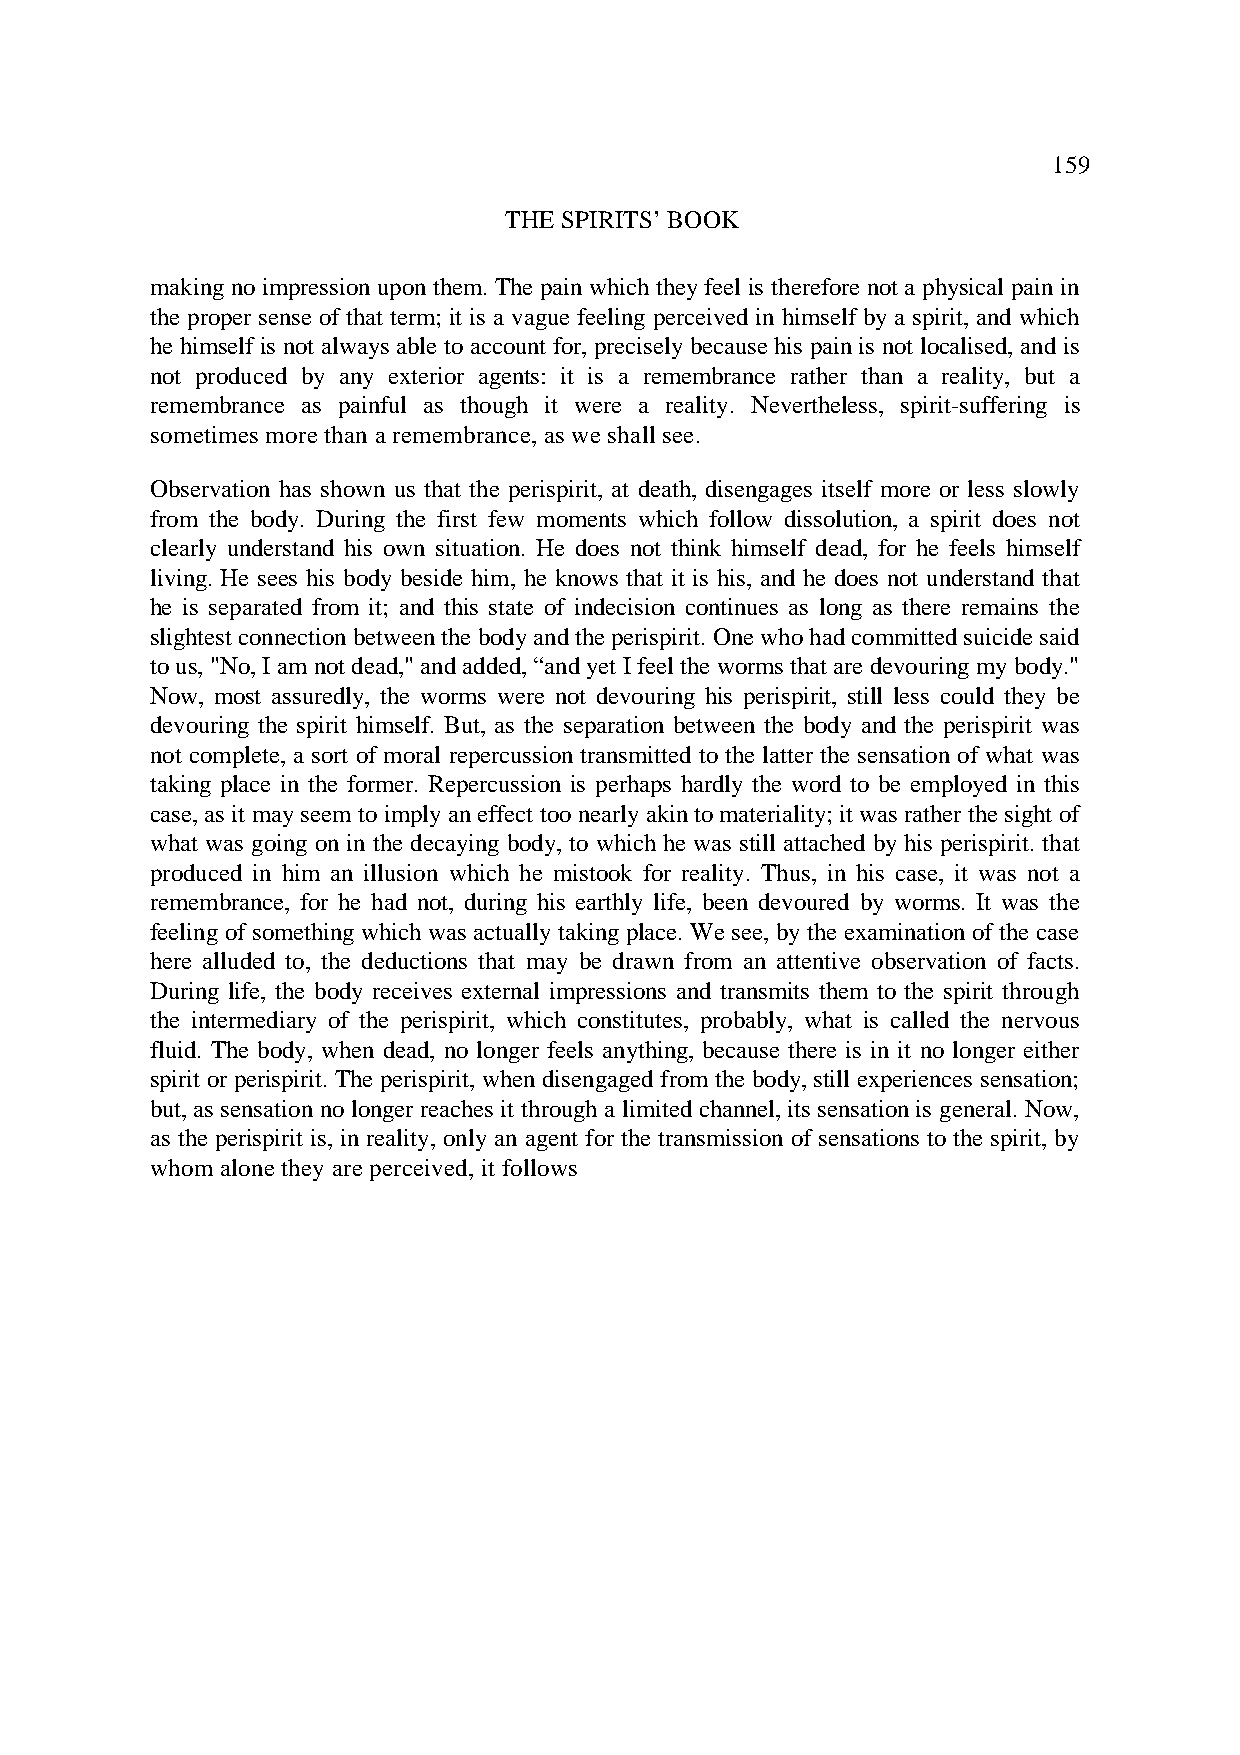
159
 THE SPIRITS’ BOOK
 making no impression upon them. The pain which they feel is therefore not a physical pain in
 the proper sense of that term; it is a vague feeling perceived in himself by a spirit, and which
 he himself is not always able to account for, precisely because his pain is not localised, and is
 not produced by any exterior agents: it is a remembrance rather than a reality, but a
 remembrance as painful as though it were a reality. Nevertheless, spirit-suffering is
 sometimes more than a remembrance, as we shall see.
 Observation has shown us that the perispirit, at death, disengages itself more or less slowly
 from the body. During the first few moments which follow dissolution, a spirit does not
 clearly understand his own situation. He does not think himself dead, for he feels himself
 living. He sees his body beside him, he knows that it is his, and he does not understand that
 he is separated from it; and this state of indecision continues as long as there remains the
 slightest connection between the body and the perispirit. One who had committed suicide said
 to us, "No, I am not dead," and added, “and yet I feel the worms that are devouring my body."
 Now, most assuredly, the worms were not devouring his perispirit, still less could they be
 devouring the spirit himself. But, as the separation between the body and the perispirit was
 not complete, a sort of moral repercussion transmitted to the latter the sensation of what was
 taking place in the former. Repercussion is perhaps hardly the word to be employed in this
 case, as it may seem to imply an effect too nearly akin to materiality; it was rather the sight of
 what was going on in the decaying body, to which he was still attached by his perispirit. that
 produced in him an illusion which he mistook for reality. Thus, in his case, it was not a
 remembrance, for he had not, during his earthly life, been devoured by worms. It was the
 feeling of something which was actually taking place. We see, by the examination of the case
 here alluded to, the deductions that may be drawn from an attentive observation of facts.
 During life, the body receives external impressions and transmits them to the spirit through
 the intermediary of the perispirit, which constitutes, probably, what is called the nervous
 fluid. The body, when dead, no longer feels anything, because there is in it no longer either
 spirit or perispirit. The perispirit, when disengaged from the body, still experiences sensation;
 but, as sensation no longer reaches it through a limited channel, its sensation is general. Now,
 as the perispirit is, in reality, only an agent for the transmission of sensations to the spirit, by
 whom alone they are perceived, it follows